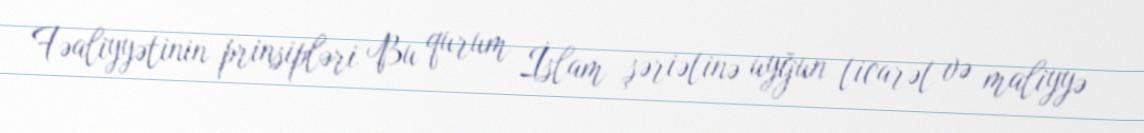
Fəaliyyətinin prinsipləri Bu qurum İslam şəriətinə uyğun ticarət və maliyyə